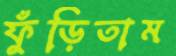
ফুঁড়িতাম